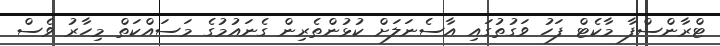
ޓްރާންސްފާ މާކެޓް ފަހު ވަގުތުގައި އާސެނަލަށް ކުޅުންތެރިން ގެނައުމުގެ މަސައްކަތް މިހާރު ވެސް